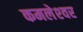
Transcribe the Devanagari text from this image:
कमलेश्‍वर